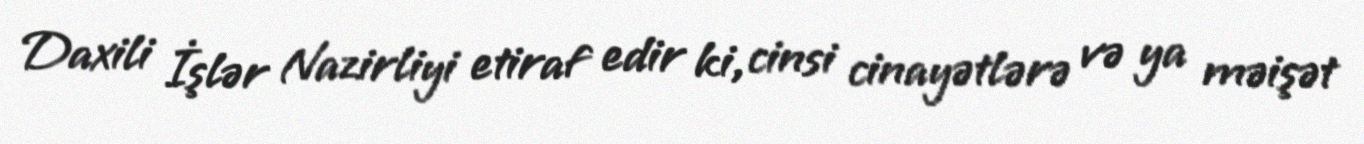
Daxili İşlər Nazirliyi etiraf edir ki, cinsi cinayətlərə və ya məişət